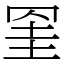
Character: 𦊱